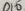
Text: D10